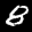
Label: 8